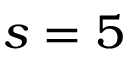
s = 5